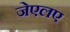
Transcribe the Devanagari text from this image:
जेएलए